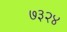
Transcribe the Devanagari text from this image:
७३२४